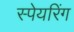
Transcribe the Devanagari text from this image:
स्पेयरिंग